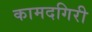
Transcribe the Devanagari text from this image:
कामदगिरी